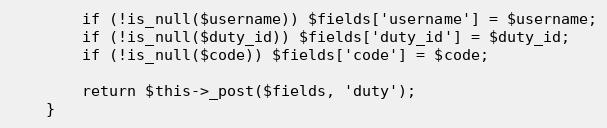
Language: PHP
        if (!is_null($username)) $fields['username'] = $username;
        if (!is_null($duty_id)) $fields['duty_id'] = $duty_id;
        if (!is_null($code)) $fields['code'] = $code;

        return $this->_post($fields, 'duty');
    }